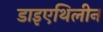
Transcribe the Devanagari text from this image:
डाइएथिलीन